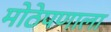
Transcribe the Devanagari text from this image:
मोठेपणाला